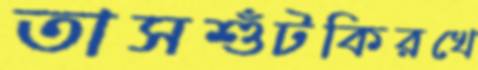
তাসশুঁটকিরখে